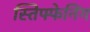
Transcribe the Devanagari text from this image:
स्तिफ्फेनिंग